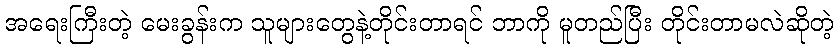
အရေးကြီးတဲ့ မေးခွန်းက သူများတွေနဲ့တိုင်းတာရင် ဘာကို မူတည်ပြီး တိုင်းတာမလဲဆိုတဲ့